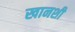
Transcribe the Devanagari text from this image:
खानशी